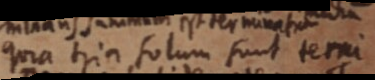
quia tria solum sunt terni